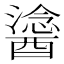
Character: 𨢯